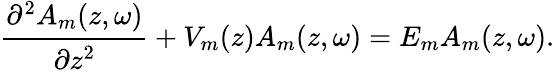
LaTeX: \cfrac{\partial^{2}A_{m}(z,\omega)}{\partial z^{2}}+V_{m}(z)A_{m}(z,\omega)=E_{m}A_{m}(z,\omega).